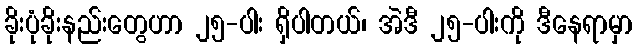
ခိုးပုံခိုးနည်းတွေဟာ ၂၅-ပါး ရှိပါတယ်၊ အဲဒီ ၂၅-ပါးကို ဒီနေရာမှာ